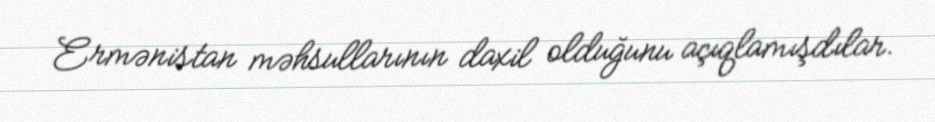
Ermənistan məhsullarının daxil olduğunu açıqlamışdılar.